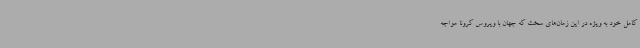
کامل خود به ویژه در این زمان‌های سخت که جهان با ویروس کرونا مواجه